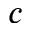
c